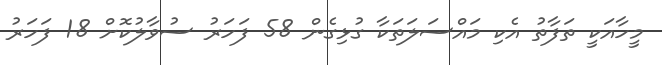
މީހާއަކީ ތަފާތު އެކި މައްސަލަތަކާ ގުޅިގެން 58 ފަހަރު ސުވާލުކޮށް 18 ފަހަރު